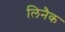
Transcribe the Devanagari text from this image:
लिनैक